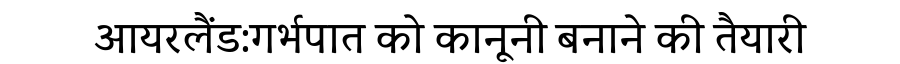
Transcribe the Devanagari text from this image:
आयरलैंड:गर्भपात को कानूनी बनाने की तैयारी